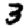
Digit: 3